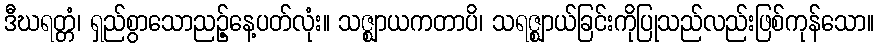
ဒီဃရတ္တံ၊ ရှည်စွာသောညဉ့်နေ့ပတ်လုံး။ သဇ္ဈာယကတာပိ၊ သရဇ္ဈာယ်ခြင်းကိုပြုသည်လည်းဖြစ်ကုန်သော။